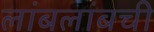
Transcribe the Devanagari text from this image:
लांबलांबची